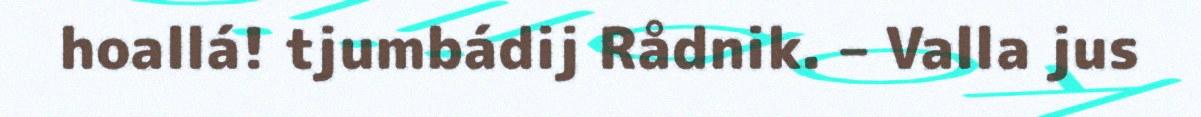
hoallá! tjumbádij Rådnik. – Valla jus